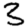
Digit: 3